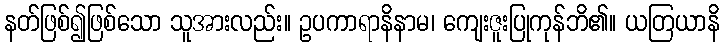
နတ်ဖြစ်၍ဖြစ်သော သူအားလည်း။ ဥပကာရာနိနာမ၊ ကျေးဇူးပြုကုန်ဘိ၏။ ယတြယာနိ